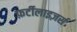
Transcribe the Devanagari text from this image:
फ़र्टीलाइज़र्स